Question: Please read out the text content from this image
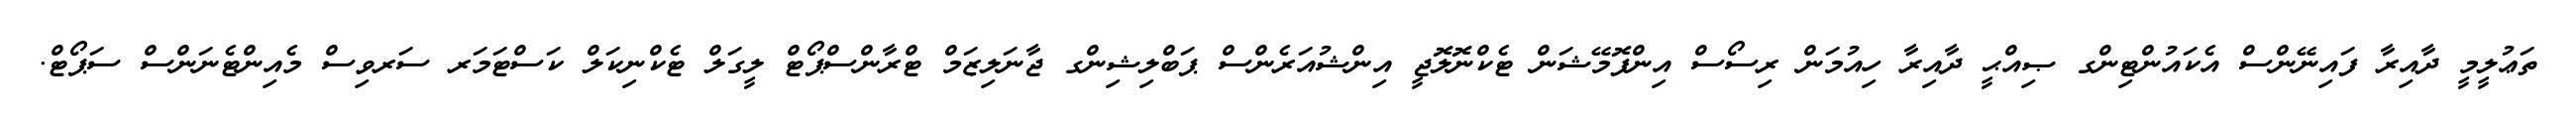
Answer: ތަޢުލީމީ ދާއިރާ ފައިނޭންސް އެކައުންޓިންގ ޞިއްޙީ ދާއިރާ ހިއުމަން ރިސޯސް އިންފޮމޭޝަން ޓެކްނޮލޮޖީ އިންޝުއަރެންސް ޕަބްލިޝިންގ ޖާނަލިޒަމް ޓްރާންސްޕޯޓް ލީގަލް ޓެކްނިކަލް ކަސްޓަމަރ ސަރވިސް މެއިންޓެނަންސް ސަޕޯޓް.